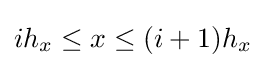
ih_{x}\leq x\leq (i+1)h_{x}